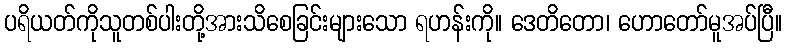
ပရိယတ်ကိုသူတစ်ပါးတို့အားသိစေခြင်းများသော ရဟန်းကို။ ဒေတိတော၊ ဟောတော်မူအပ်ပြီ။